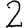
Digit: 2